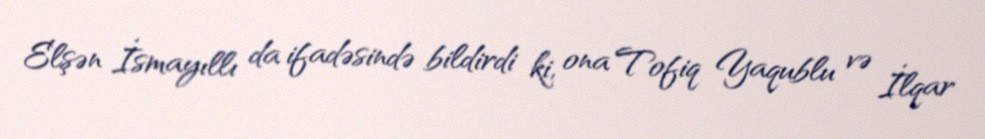
Elşən İsmayıllı da ifadəsində bildirdi ki, ona Tofiq Yaqublu və İlqar